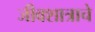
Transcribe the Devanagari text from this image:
जीवशात्राचे